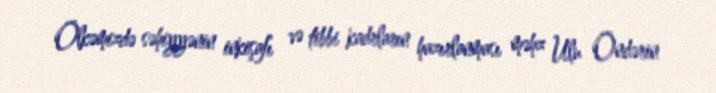
Ölkəmizdə səhiyyənin inkişafı və tibbi kadrların hazırlanması məhz Ulu Öndərin